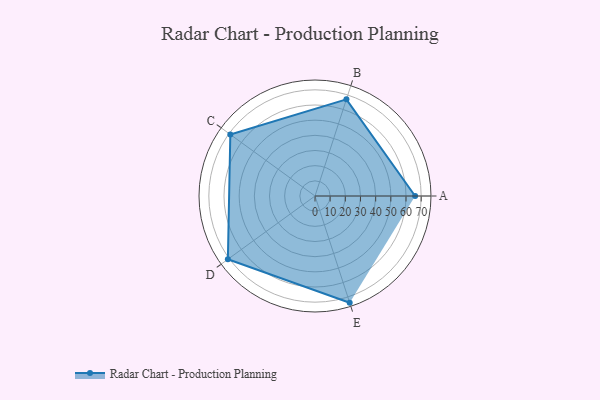
{"axis": {"x": "Skill", "y": "Score"}, "legend": ["Profile"], "data": [{"x": "A", "y": 66.0, "type": "Profile"}, {"x": "B", "y": 67.0, "type": "Profile"}, {"x": "C", "y": 69.0, "type": "Profile"}, {"x": "D", "y": 71.0, "type": "Profile"}, {"x": "E", "y": 74.0, "type": "Profile"}]}